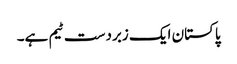
پاکستان ایک زبردست ٹیم ہے۔